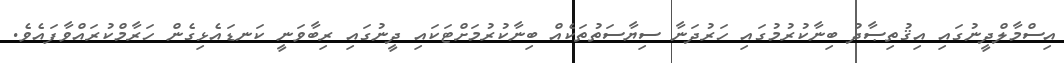
އިސްމާލްދީނުގައި އިޤުތިޞާދު ބިނާކުރުމުގައި ހަރުދަނާ ސިޔާސަތުތަކެއް ބިނާކުރުމަށްޓަކައި ދީނުގައި ރިބާވަނީ ކަނޑައެޅިގެން ހަރާމްކުރައްވާފައެވެ.